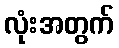
လုံးအတွက်